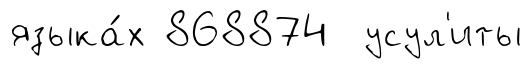
языка́х 868874 усул'иты